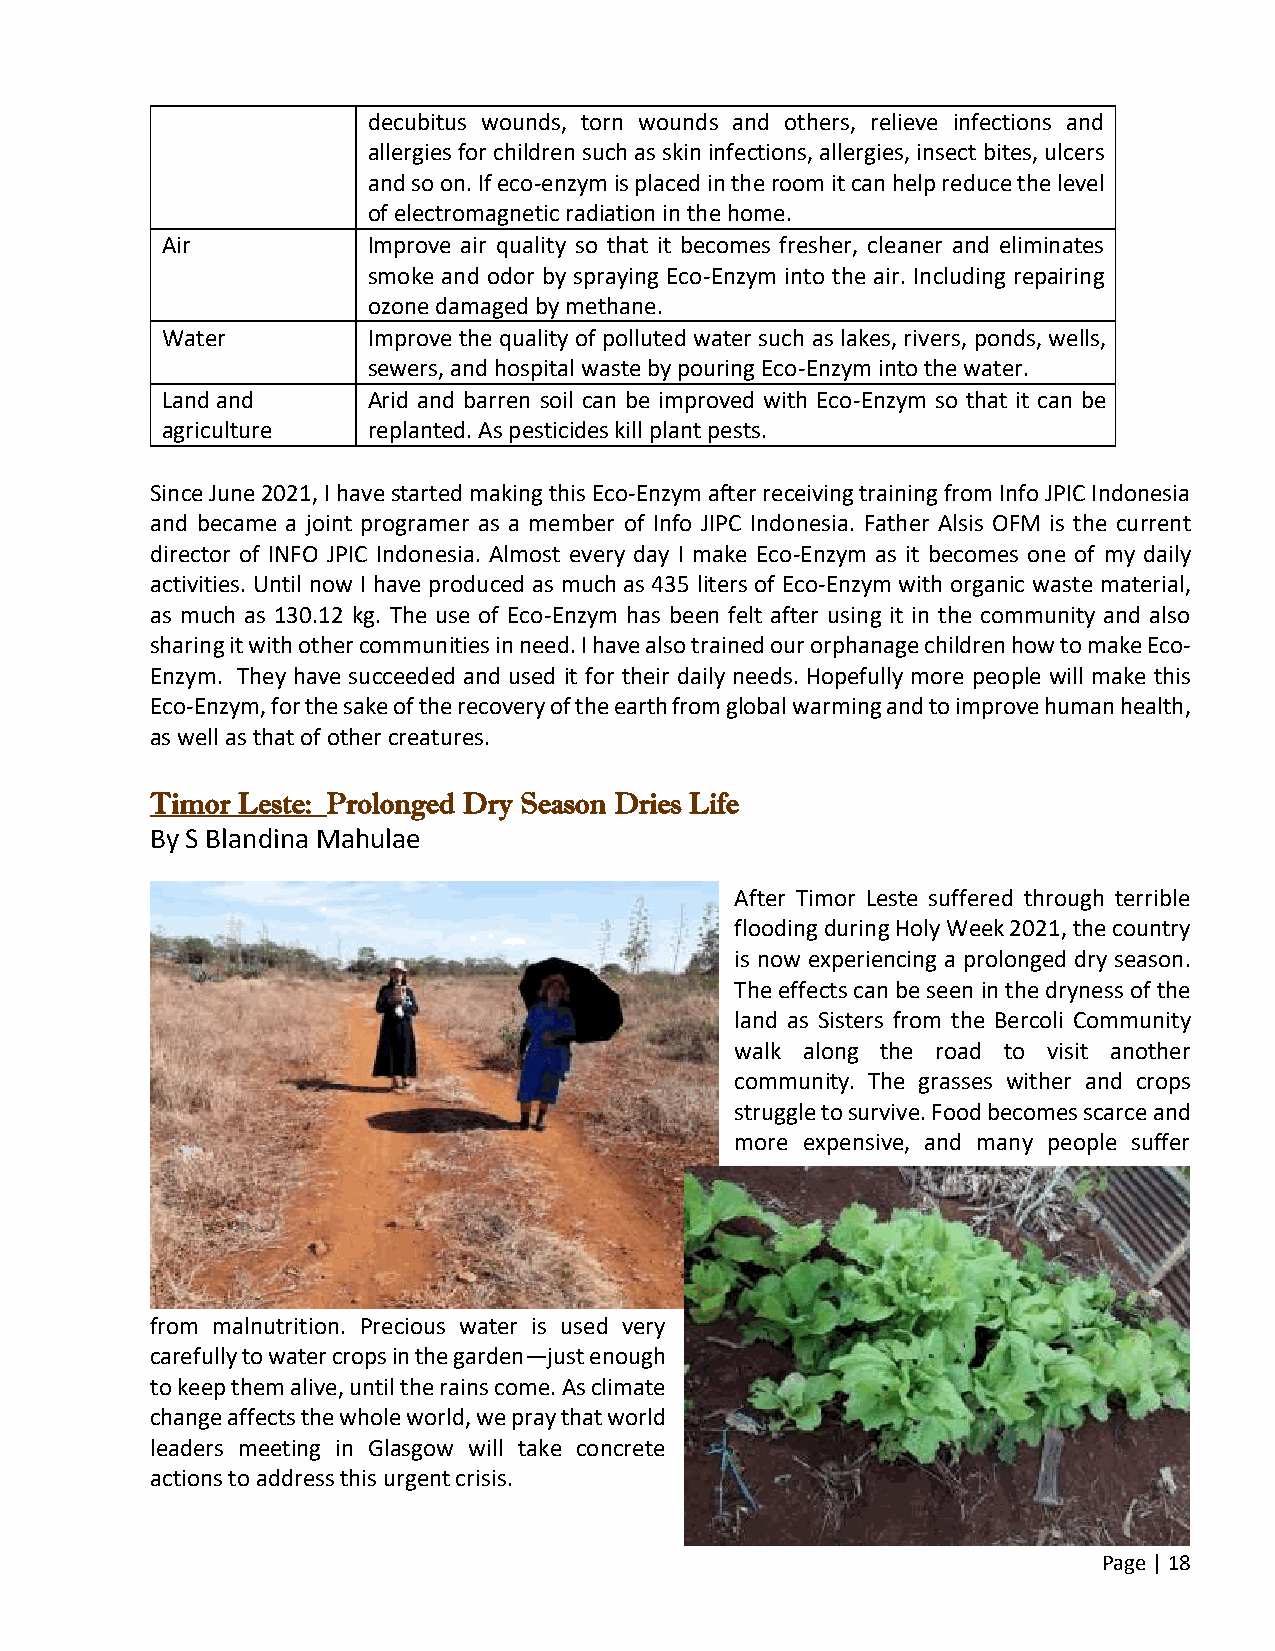
decubitus wounds, torn wounds and others, relieve infections and
 allergies for children such as skin infections, allergies, insect bites, ulcers
 and so on. If eco-enzym is placed in the room it can help reduce the level
 of electromagnetic radiation in the home.
 Air          Improve air quality so that it becomes fresher, cleaner and eliminates
 smoke and odor by spraying Eco-Enzym into the air. Including repairing
 ozone damaged by methane.
 Water        Improve the quality of polluted water such as lakes, rivers, ponds, wells,
 sewers, and hospital waste by pouring Eco-Enzym into the water.
 Land and     Arid and barren soil can be improved with Eco-Enzym so that it can be
 agriculture  replanted. As pesticides kill plant pests.
 Since June 2021, I have started making this Eco-Enzym after receiving training from Info JPIC Indonesia
 and became a joint programer as a member of Info JIPC Indonesia. Father Alsis OFM is the current
 director of INFO JPIC Indonesia. Almost every day I make Eco-Enzym as it becomes one of my daily
 activities. Until now I have produced as much as 435 liters of Eco-Enzym with organic waste material,
 as much as 130.12 kg. The use of Eco-Enzym has been felt after using it in the community and also
 sharing it with other communities in need. I have also trained our orphanage children how to make Eco-
 Enzym. They have succeeded and used it for their daily needs. Hopefully more people will make this
 Eco-Enzym, for the sake of the recovery of the earth from global warming and to improve human health,
 as well as that of other creatures.
 Timor Leste: Prolonged Dry Season Dries Life
 By S Blandina Mahulae
 After Timor Leste suffered through terrible
 flooding during Holy Week 2021, the country
 is now experiencing a prolonged dry season.
 The effects can be seen in the dryness of the
 land as Sisters from the Bercoli Community
 walk along the road to visit another
 community. The grasses wither and crops
 struggle to survive. Food becomes scarce and
 more expensive, and many people suffer
 from malnutrition. Precious water is used very
 carefully to water crops in the garden—just enough
 to keep them alive, until the rains come. As climate
 change affects the whole world, we pray that world
 leaders meeting in Glasgow will take concrete
 actions to address this urgent crisis.
 Page | 18